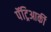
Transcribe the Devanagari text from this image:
पॅट्रिआर्की